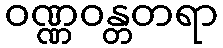
ဝဏ္ဏဝန္တတရာ